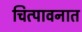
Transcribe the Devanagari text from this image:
चित्पावनात